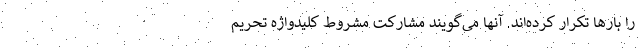
را بارها تکرار کرده‌اند. آنها می‌گویند مشارکت مشروط کلیدواژه تحریم